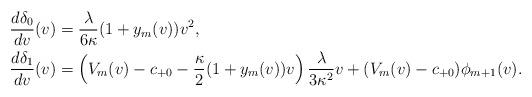
LaTeX: \begin{align*} \frac{d\delta_0}{dv}(v)&=\frac{\lambda}{6\kappa}(1+y_m(v))v^2,\\ \frac{d\delta_1}{dv}(v)&=\left(V_m(v)-c_{+0}-\frac{\kappa}{2}(1+y_m(v))v\right)\frac{\lambda}{3\kappa^2}v+(V_m(v)-c_{+0})\phi_{m+1}(v).\end{align*}